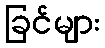
ခြင်များ